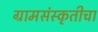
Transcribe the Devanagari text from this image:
ग्रामसंस्कृतीचा